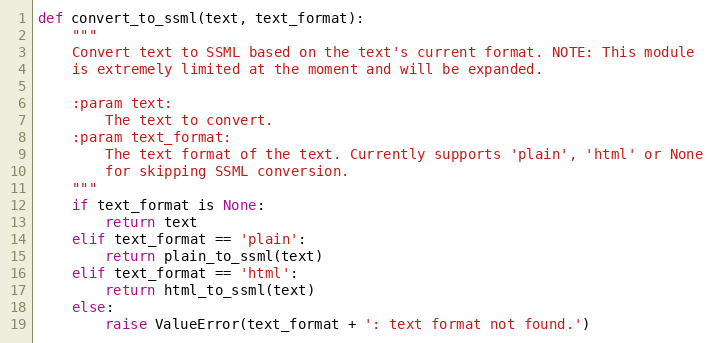
Language: Python
def convert_to_ssml(text, text_format):
    """
    Convert text to SSML based on the text's current format. NOTE: This module
    is extremely limited at the moment and will be expanded.

    :param text:
        The text to convert.
    :param text_format:
        The text format of the text. Currently supports 'plain', 'html' or None
        for skipping SSML conversion.
    """
    if text_format is None:
        return text
    elif text_format == 'plain':
        return plain_to_ssml(text)
    elif text_format == 'html':
        return html_to_ssml(text)
    else:
        raise ValueError(text_format + ': text format not found.')